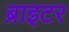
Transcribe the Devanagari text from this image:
ब्राइटर